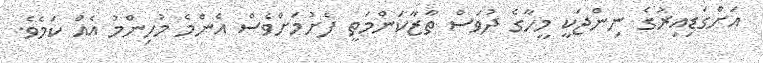
އަށްގަޑިއިރުގެ ނިންޖަކީ މީހާގެ ދުވަސް ތާޒާކަންމަތީ ފެށުމަށްވެސް އެންމެ މުހިންމު އެއް ކަމެވެ.